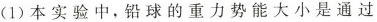
(1)本实验中，铅球的重力势能大小是通过